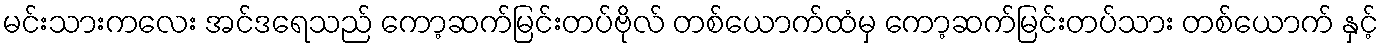
မင်းသားကလေး အင်ဒရေသည် ကော့ဆက်မြင်းတပ်ဗိုလ် တစ်ယောက်ထံမှ ကော့ဆက်မြင်းတပ်သား တစ်ယောက် နှင့်